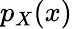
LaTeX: p_{X}(x)